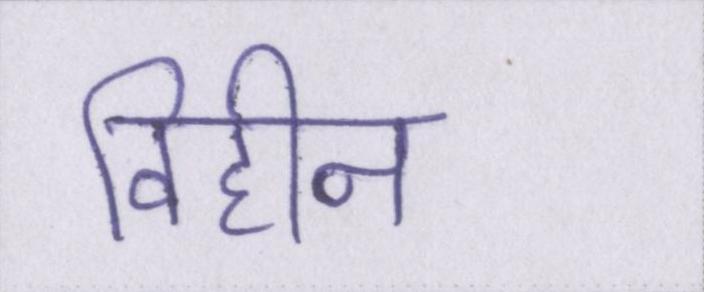
विहीन